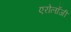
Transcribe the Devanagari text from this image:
एरोलॉजी